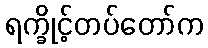
ရက္ခိုင့်တပ်တော်က